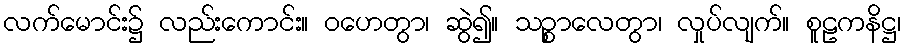
လက်မောင်း၌ လည်းကောင်း။ ဝဟေတွာ၊ ဆွဲ၍။ သဉ္စာလေတွာ၊ လှုပ်လျက်။ စူဠကနိဋ္ဌ၊